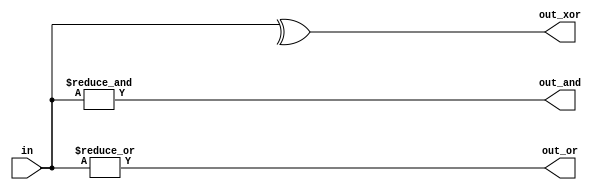
// This program was cloned from: https://github.com/BriceLucifer/DDCA-verilog
// License: MIT License

module top_module( 
    input [99:0] in,
    output out_and,
    output out_or,
    output out_xor 
);

assign out_and = & in;
assign out_or = | in;
assign out_xor = ^ in;

endmodule